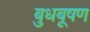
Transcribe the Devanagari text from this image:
बुधबूषण